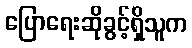
ပြောရေးဆိုခွင့်ရှိသူက